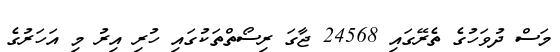
މަސް ދުވަހުގެ ތެރޭގައި 24568 ޖާގަ ރިސޯތްތަކުގައި ހުރި އިރު މި އަހަރުގެ